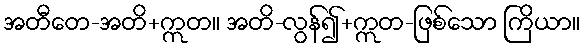
အတီတေ-အတိ+ဣတ။ အတိ-လွန်၍+ဣတ-ဖြစ်သော ကြိယာ။